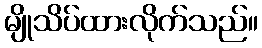
မျိုသိပ်ထားလိုက်သည်။